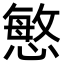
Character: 慜